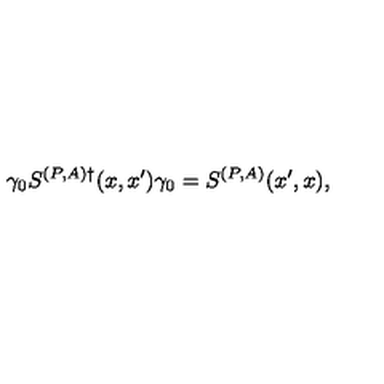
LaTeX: \gamma _ { 0 } S ^ { ( P , A ) \dagger } ( x , x ^ { \prime } ) \gamma _ { 0 } = S ^ { ( P , A ) } ( x ^ { \prime } , x ) ,